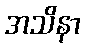
အသိနာ